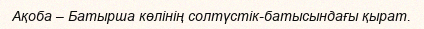
Ақоба – Батырша көлінің солтүстік-батысындағы қырат.